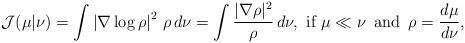
LaTeX: \begin{align*}\mathcal{J}(\mu\vert\nu) = \int \left|\nabla \log \rho\right|^2\,\rho\, d\nu=\int \frac{|\nabla \rho|^2}{\rho}\, d\nu,\mbox{ if } \mu\ll \nu\, \mbox{ and }\, \rho=\frac{d\mu}{d\nu},\end{align*}